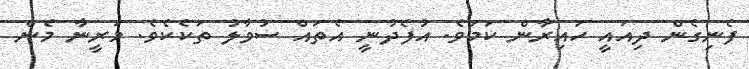
ފެނިގެން ދިއައީ ހައިރާން ކަމަވެ. އުފެދުނީ އެތައް ސުވާލު ތަކެކެވެ. މަރީނާ މެން